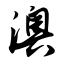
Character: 澳